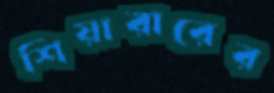
শিয়ারারের